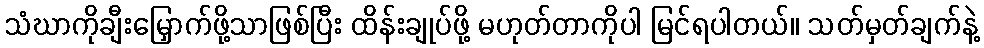
သံဃာကိုချီးမြှောက်ဖို့သာဖြစ်ပြီး ထိန်းချုပ်ဖို့ မဟုတ်တာကိုပါ မြင်ရပါတယ်။ သတ်မှတ်ချက်နဲ့